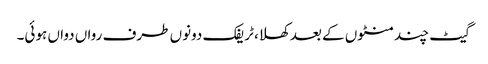
گیٹ چند منٹوں کے بعد کھلا، ٹریفک دونوں طرف رواں دواں ہوئی۔